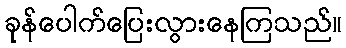
ခုန်ပေါက်ပြေးလွားနေကြသည်။